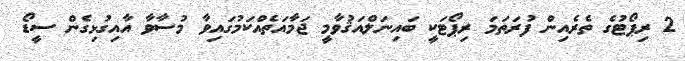
2 ރިޕޯޓުގެ ތެރެއިން ފުރަތަމަ ރިޕޯޓަކީ ބައިނަލްއަޤުވާމީ ޖަމާއަތެއްކަމުގައިވާ މުސާވާ އާއިގުޅިގެން ސީޑޯ